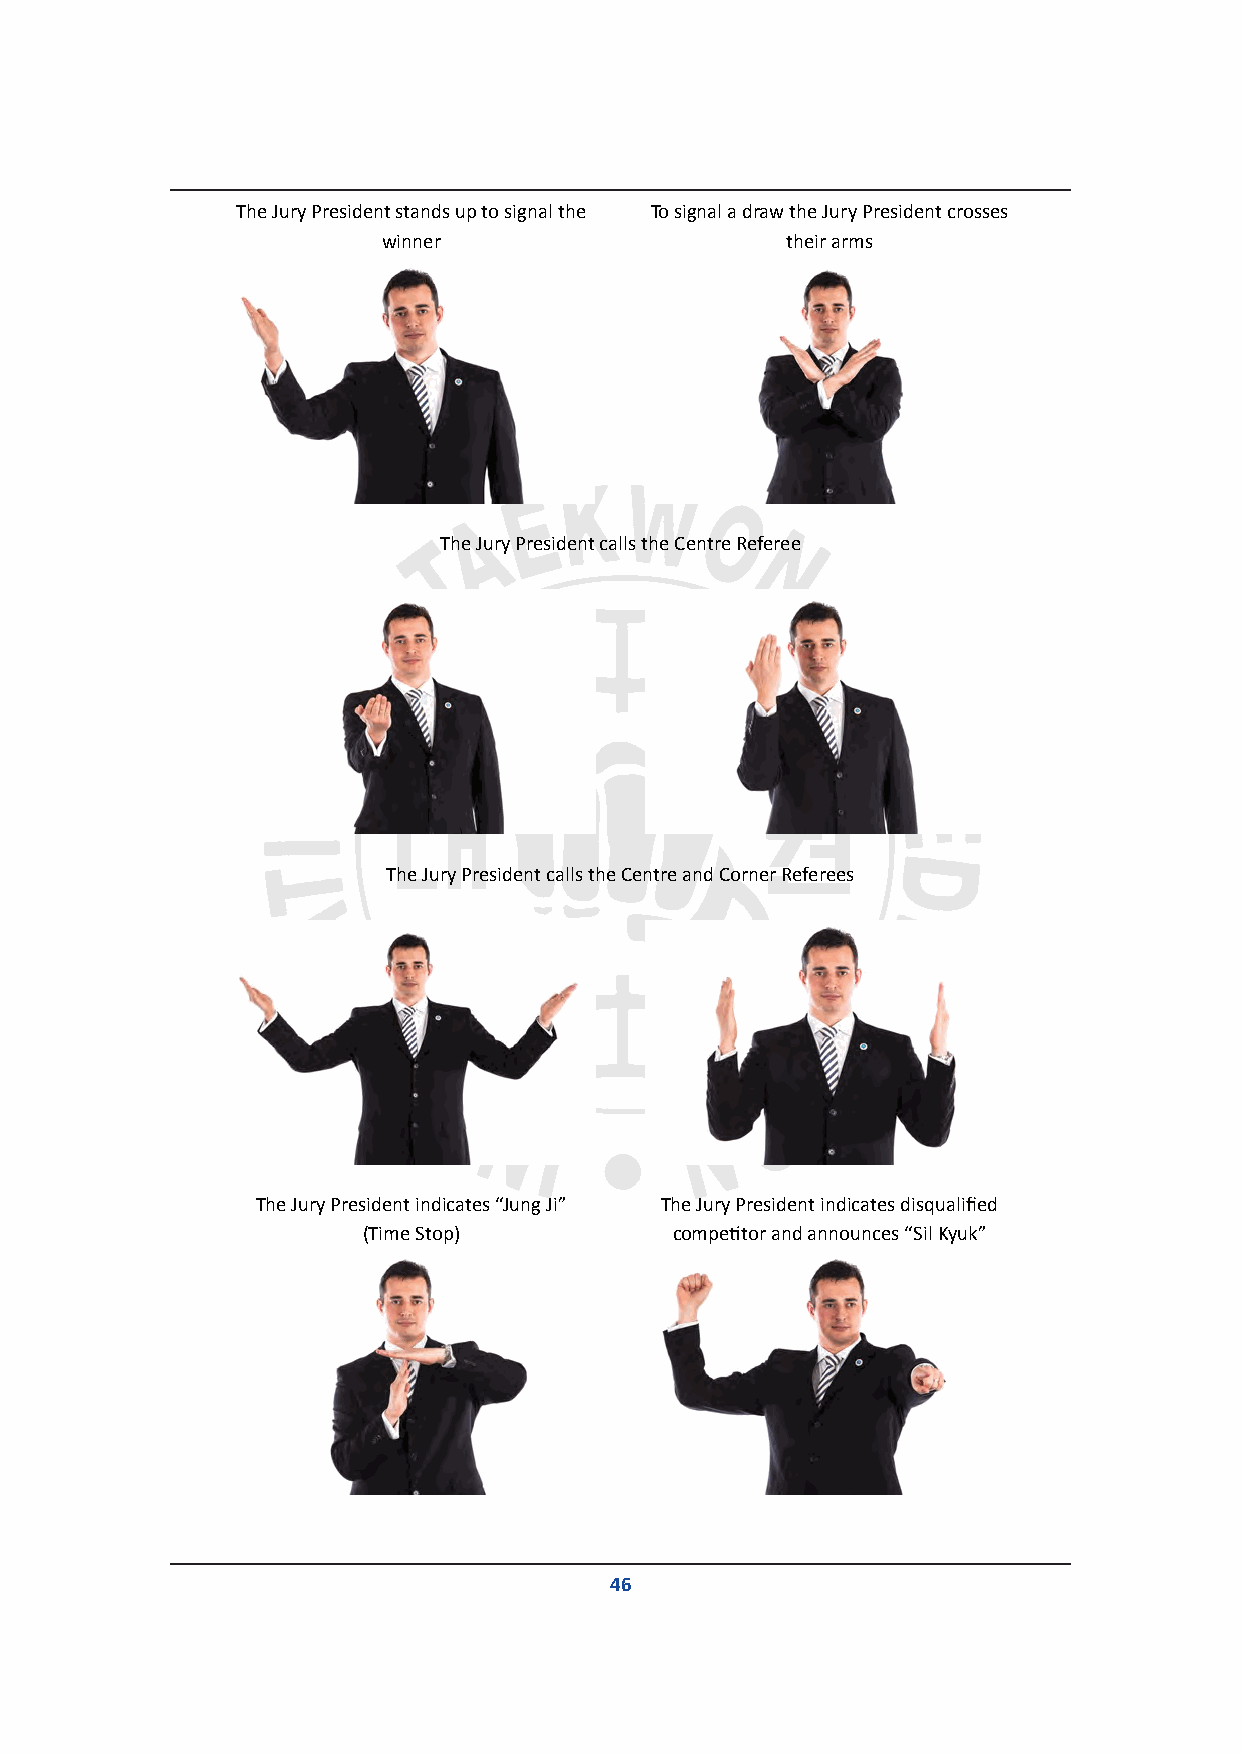
The Jury President stands up to signal the To signal a draw the Jury President crosses
 winner                     their arms
 The Jury President calls the Centre Referee
 The Jury President calls the Centre and Corner Referees
 The Jury President indicates “Jung Ji” The Jury President indicates disqualified
 (Time Stop)          competitor and announces “Sil Kyuk”
 46